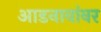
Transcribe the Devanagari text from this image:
आडनावांवर